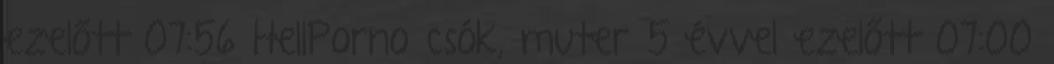
ezelőtt 07:56 HellPorno csók, muter 5 évvel ezelőtt 07:00